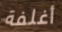
أغلفة